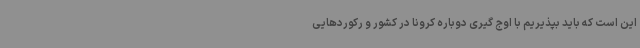
این است که باید بپذیریم با اوج گیری دوباره کرونا در کشور و رکوردهایی